Report on lock hospitals in British Burma
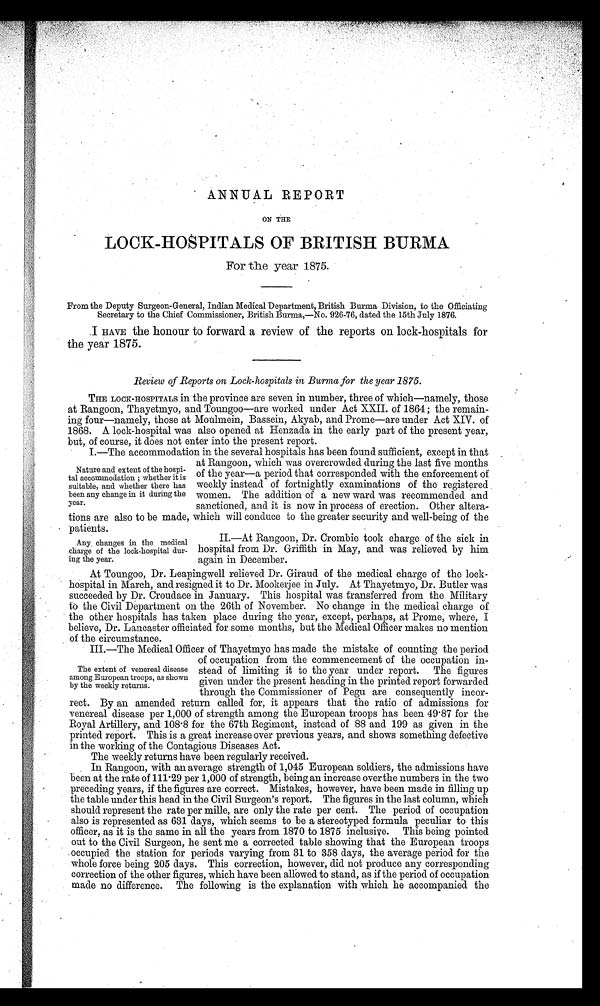
ANNUAL REPORT
ON THE
LOCK-HOSPITALS OF BRITISH BURMA
For the year 1875.
From the Deputy Surgeon-General, Indian Medical Department, British Burma Division, to the Officiating
Secretary to the Chief Commissioner, British Burma,—No. 926-76, dated the 15th July 1876.
I HAVE the honour to forward a review of the reports on lock-hospitals for
the year 1875.
Review of Reports on Lock-hospitals in Burma for the year 1875.
THE LOCK-HOSPITALS in the province are seven in number, three of which—namely, those
at Rangoon, Thayetmyo, and Toungoo—are worked under Act XXII. of 1864 ; the remain-
ing four—namely, those at Moulmein, Bassein, Akyab, and Prome—are under Act XIV. of
1868. A lock-hospital was also opened at Henzada in the early part of the present year,
but, of course, it does not enter into the present report.
1.—The accommodation in the several hospitals has been found sufficient, except in that
at Rangoon, which was overcrowded during the last five months
of the year—a period that corresponded with the enforcement of
weekly instead of fortnightly examinations of the registered
women. The addition of a new ward was recommended and
sanctioned, and it is now in process of erection. Other altera-
tions are also to be made, which will conduce to the greater security and well-being of the
patients.
Nature and extent of the hospi-
tal accommodation ; whether it is
suitable, and whether there has
been any change in it during the
year.
Any changes in the medical
charge of the lock-hospital dur-
ing the year.
II.—At Rangoon, Dr. Crombie took charge of the sick in
hospital from Dr. Griffith in May, and was relieved by him
again in December.
At Toungoo, Dr. Leapingwell relieved Dr. Giraud of the medical charge of the lock-
hospital in March, and resigned it to Dr. Mookerjee in July. At Thayetmyo, Dr. Butler was
succeeded by Dr. Croudace in January. This hospital was transferred from the Military
to the Civil Department on the 26th of November. No change in the medical charge of
the other hospitals has taken place during the year, except, perhaps, at Prome, where, I
believe, Dr. Lancaster officiated for some months, but the Medical Officer makes no mention
of the
circumstance
III.—The Medical Officer of Thayetmyo has made the mistake of counting the period
of occupation from the commencement of the occupation in-
stead of limiting it to the year under report. The figures
given under the present heading in the printed report forwarded
through the Commissioner of Pegu are consequently incor-
rect. By an amended return called for, it appears that the ratio of admissions for
venereal disease per 1,000 of strength among the European troops has been 49 . 87 for the
Royal Artillery, and 108 . 8 for the 67th Regiment, instead of 88 and 199 as given in the
printed report. This is a great increase over previous years, and shows something defective
in the working of the Contagious Diseases Act.
The weekly returns have been regularly received.
In Rangoon, with an average strength of 1,045 European soldiers, the admissions have
been at the rate of 111 . 29 per 1,000 of strength, being an increase over the numbers in the two
preceding years, if the figures are correct. Mistakes, however, have been made in filling up
the table under this head in the Civil Surgeon's report. The figures in the last column, which
should represent the rate per mille, are only the rate per cent. The period of occupation
also is represented as 631 days, which seems to be a stereotyped formula peculiar to this
officer, as it is the same in all the years from 1870 to 1875 inclusive. This being pointed
out to the Civil Surgeon, he sent me a corrected table showing that the European troops
occupied the station for periods varying from 31 to 358 days, the average period for the
whole force being 205 days. This correction, however, did not produce any corresponding
correction of the other figures, which have been allowed to stand, as if the period of occupation
made no difference. The following is the explanation with which he accompanied the
The extent of venereal disease
among European troops, as shown
by the weekly returns.